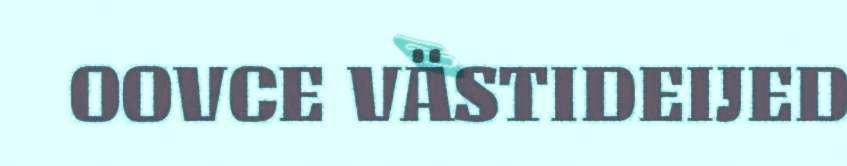
OOVCE VÄSTIDEIJED